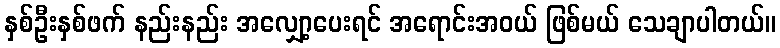
နှစ်ဦးနှစ်ဖက် နည်းနည်း အလျှော့ပေးရင် အရောင်းအဝယ် ဖြစ်မယ် သေချာပါတယ်။